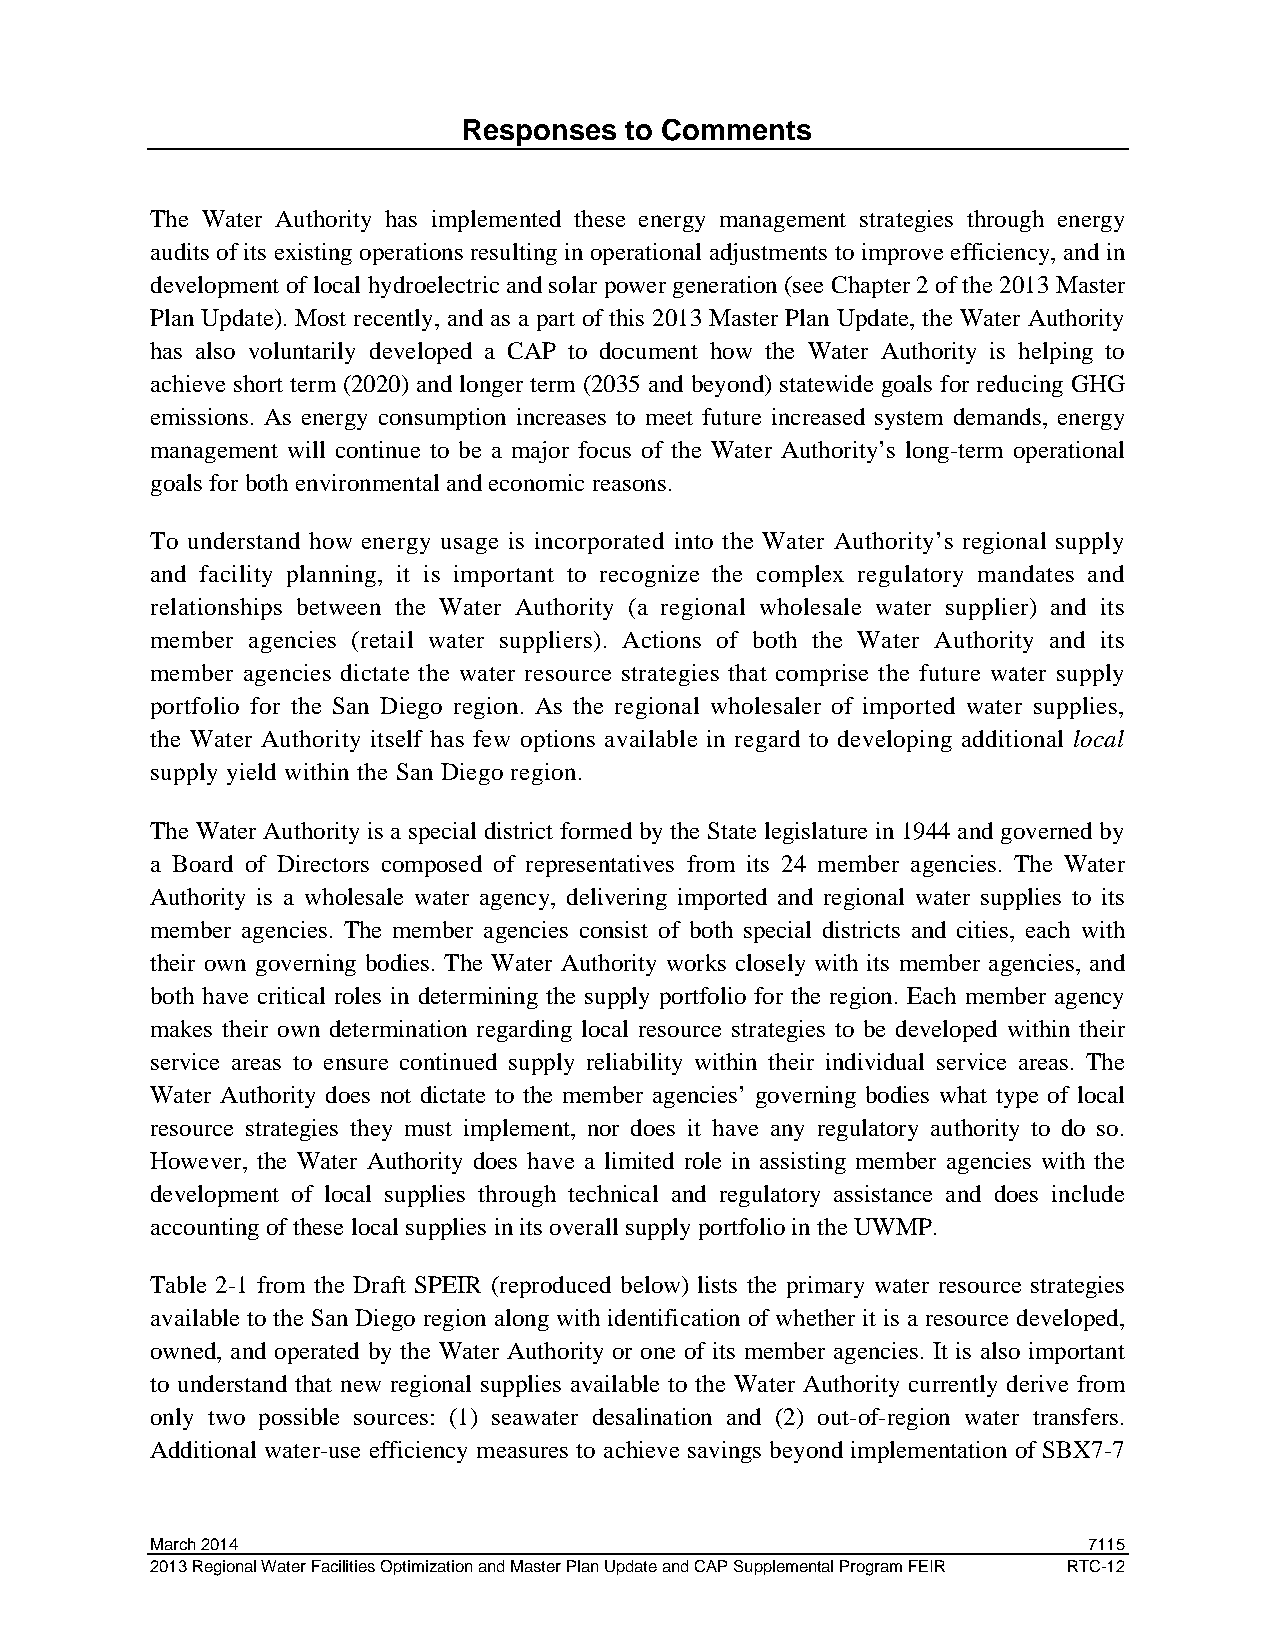
Responses to Comments
 The Water Authority has implemented these energy management strategies through energy
 audits of its existing operations resulting in operational adjustments to improve efficiency, and in
 development of local hydroelectric and solar power generation (see Chapter 2 of the 2013 Master
 Plan Update). Most recently, and as a part of this 2013 Master Plan Update, the Water Authority
 has also voluntarily developed a CAP to document how the Water Authority is helping to
 achieve short term (2020) and longer term (2035 and beyond) statewide goals for reducing GHG
 emissions. As energy consumption increases to meet future increased system demands, energy
 management will continue to be a major focus of the Water Authority’s long-term operational
 goals for both environmental and economic reasons.
 To understand how energy usage is incorporated into the Water Authority’s regional supply
 and facility planning, it is important to recognize the complex regulatory mandates and
 relationships between the Water Authority (a regional wholesale water supplier) and its
 member agencies (retail water suppliers). Actions of both the Water Authority and its
 member agencies dictate the water resource strategies that comprise the future water supply
 portfolio for the San Diego region. As the regional wholesaler of imported water supplies,
 the Water Authority itself has few options available in regard to developing additional local
 supply yield within the San Diego region.
 The Water Authority is a special district formed by the State legislature in 1944 and governed by
 a Board of Directors composed of representatives from its 24 member agencies. The Water
 Authority is a wholesale water agency, delivering imported and regional water supplies to its
 member agencies. The member agencies consist of both special districts and cities, each with
 their own governing bodies. The Water Authority works closely with its member agencies, and
 both have critical roles in determining the supply portfolio for the region. Each member agency
 makes their own determination regarding local resource strategies to be developed within their
 service areas to ensure continued supply reliability within their individual service areas. The
 Water Authority does not dictate to the member agencies’ governing bodies what type of local
 resource strategies they must implement, nor does it have any regulatory authority to do so.
 However, the Water Authority does have a limited role in assisting member agencies with the
 development of local supplies through technical and regulatory assistance and does include
 accounting of these local supplies in its overall supply portfolio in the UWMP.
 Table 2-1 from the Draft SPEIR (reproduced below) lists the primary water resource strategies
 available to the San Diego region along with identification of whether it is a resource developed,
 owned, and operated by the Water Authority or one of its member agencies. It is also important
 to understand that new regional supplies available to the Water Authority currently derive from
 only two possible sources: (1) seawater desalination and (2) out-of-region water transfers.
 Additional water-use efficiency measures to achieve savings beyond implementation of SBX7-7
 March 2014                                                    7115
 2013 Regional Water Facilities Optimization and Master Plan Update and CAP Supplemental Program FEIR RTC-12